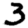
Digit: 3